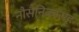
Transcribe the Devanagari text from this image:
नौसैनिकांसह